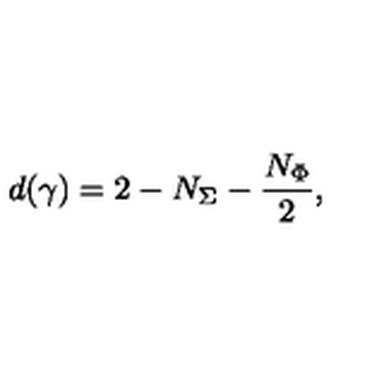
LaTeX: d ( \gamma ) = 2 - N _ { \Sigma } - \frac { N _ { \Phi } } { 2 } ,